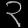
Digit: ၃